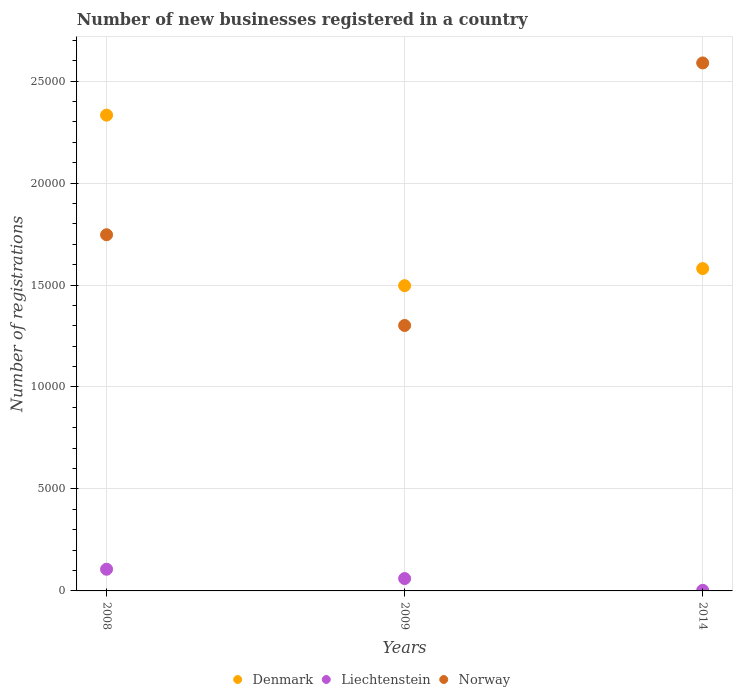
| Years | Denmark | Liechtenstein | Norway |
 | --- | --- | --- | --- |
 | 2008 | 2.33e+04 | 1.06e+03 | 1.75e+04 |
 | 2009 | 1.5e+04 | 606 | 1.3e+04 |
 | 2014 | 1.58e+04 | 29 | 2.59e+04 |